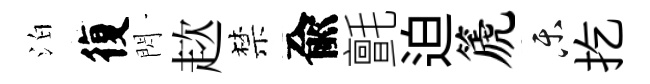
泊復閃趑禁兪氈迫篪乐扢